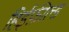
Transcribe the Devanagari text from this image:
हिईफ़ील्ड